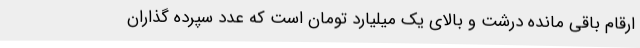
ارقام باقی مانده درشت و بالای یک میلیارد تومان است که عدد سپرده گذاران